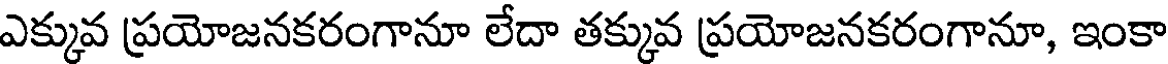
ఎక్కువ ప్రయోజనకరంగానూ లేదా తక్కువ ప్రయోజనకరంగానూ, ఇంకా